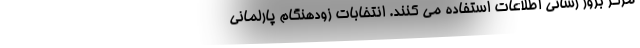
مرکز بروز رسانی اطلاعات استفاده می کنند. انتخابات زودهنگام پارلمانی